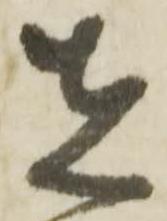
先